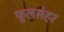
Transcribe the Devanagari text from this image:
फूलसेहर